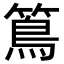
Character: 䉆